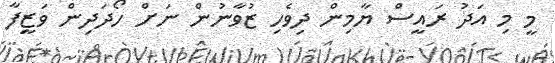
މީ މި އަދު ރައީސް ޔާމިން ދިވެހި ޒުވާނުން ނަށް ހޯދަދިން ވަޒީފާ